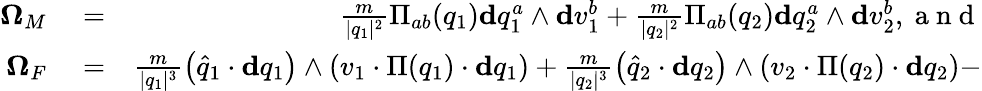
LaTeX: \begin{array}{rlr}{\mathbf{\Omega}_{M}}&{{}=}&{\frac{m}{\vert q_{1}\vert^{2}}\Pi_{ab}(q_{1})\mathbf{d}q_{1}^{a}\wedge\mathbf{d}v_{1}^{b}+\frac{m}{\vert q_{2}\vert^{2}}\Pi_{ab}(q_{2})\mathbf{d}q_{2}^{a}\wedge\mathbf{d}v_{2}^{b},\mathrm{~a~n~d~}}\\ {\mathbf{\Omega}_{F}}&{{}=}&{\frac{m}{\vert q_{1}\vert^{3}}\left(\widehat{q}_{1}\cdot\mathbf{d}q_{1}\right)\wedge\left(v_{1}\cdot\Pi(q_{1})\cdot\mathbf{d}q_{1}\right)+\frac{m}{\vert q_{2}\vert^{3}}\left(\widehat{q}_{2}\cdot\mathbf{d}q_{2}\right)\wedge\left(v_{2}\cdot\Pi(q_{2})\cdot\mathbf{d}q_{2}\right)-}\end{array}